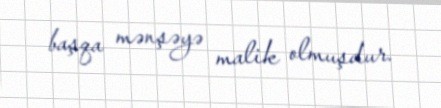
başqa mənşəyə malik olmuşdur.